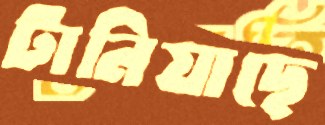
টানিয়াছে